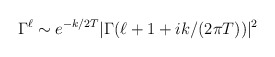
\begin{align*}\Gamma^\ell \sim e^{-k /2T} |\Gamma (\ell +1+ik/(2\pi T))|^2\end{align*}